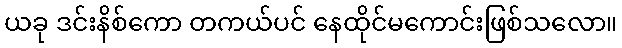
ယခု ဒင်းနိစ်ကော တကယ်ပင် နေထိုင်မကောင်းဖြစ်သလော။